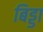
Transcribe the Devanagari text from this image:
बिड्डा